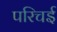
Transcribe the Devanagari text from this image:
परिचई